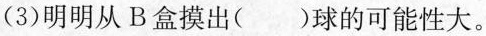
(3)明明从B盒摸出()球的可能性大。